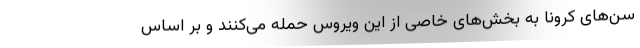
سن‌های کرونا به بخش‌های خاصی از این ویروس حمله می‌کنند و بر اساس